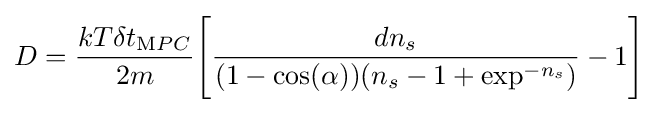
D={\frac {kT\delta t_{\mathrm {M} PC}}{2m}}{\Bigg [}{\frac {dn_{s}}{(1-\cos(\alpha ))(n_{s}-1+\exp ^{-n_{s}})}}-1{\Bigg ]}